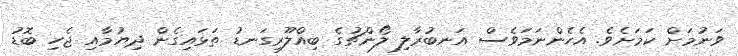
ވަނުމަށް ކަމަށެވެ. އެހެންނަމަވެސް އަނބުރާލި ލޯންޗުގެ ބިއްލޫރިގަނޑު ތަޅައިގެން ދިޔުމާއި ޖެހި ބޮޑު